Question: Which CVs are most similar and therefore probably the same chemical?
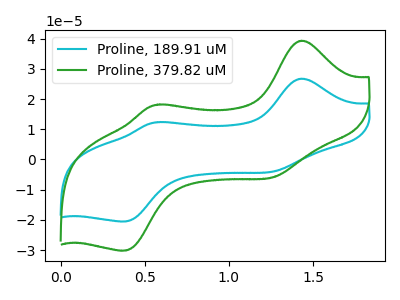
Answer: <think>The cyan curve "Proline, 189.91 uM" has anodic peaks at (1.45V, 26.75uA) (0.60V, 12.35uA) and cathodic peaks at (1.30V, -3.75uA) (0.40V, -20.50uA). The green curve "Proline, 379.82 uM" has anodic peaks at (1.45V, 39.35uA) (0.60V, 18.20uA) and cathodic peaks at (1.30V, -5.55uA) (0.40V, -30.10uA).
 All the peaks in "Proline, 189.91 uM" have a peak in "Proline, 379.82 uM" at the same potential. Every peak in "Proline, 189.91 uM" is lower than every peak in "Proline, 379.82 uM".</think>
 <answer>"Proline, 189.91 uM" and "Proline, 379.82 uM" have the same shape and are likely CV's of the same chemical.</answer>
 <eval>"Proline, 189.91 uM" "Proline, 379.82 uM"</eval>